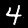
Digit: 4